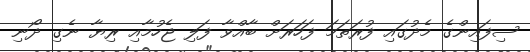
ސިފައިންގެ މެދުގައި ފުރަތަމަ ފަހަރަށް ބާއްވާ ފަލި ޖެހުމާއި ރިޔާ ނެގި ދޯނި